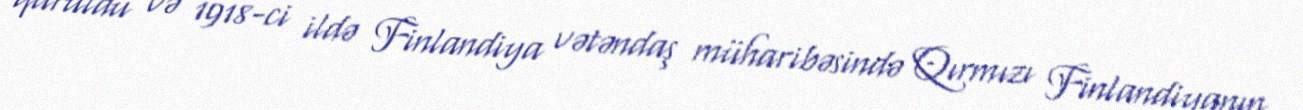
quruldu və 1918-ci ildə Finlandiya vətəndaş müharibəsində Qırmızı Finlandiyanın